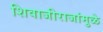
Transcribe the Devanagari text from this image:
शिवाजीराजांमुळे